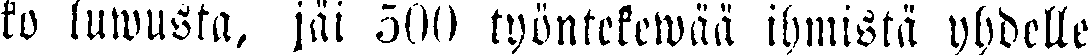
ko luwusta, jäi 500 työntekewää ihmistä yhdelle